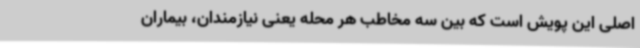
اصلی این پویش است که بین سه مخاطب هر محله یعنی نیازمندان، بیماران